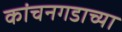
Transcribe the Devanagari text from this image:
कांचनगडाच्या